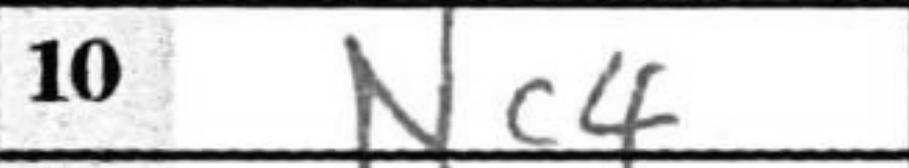
Transcription: Nc4